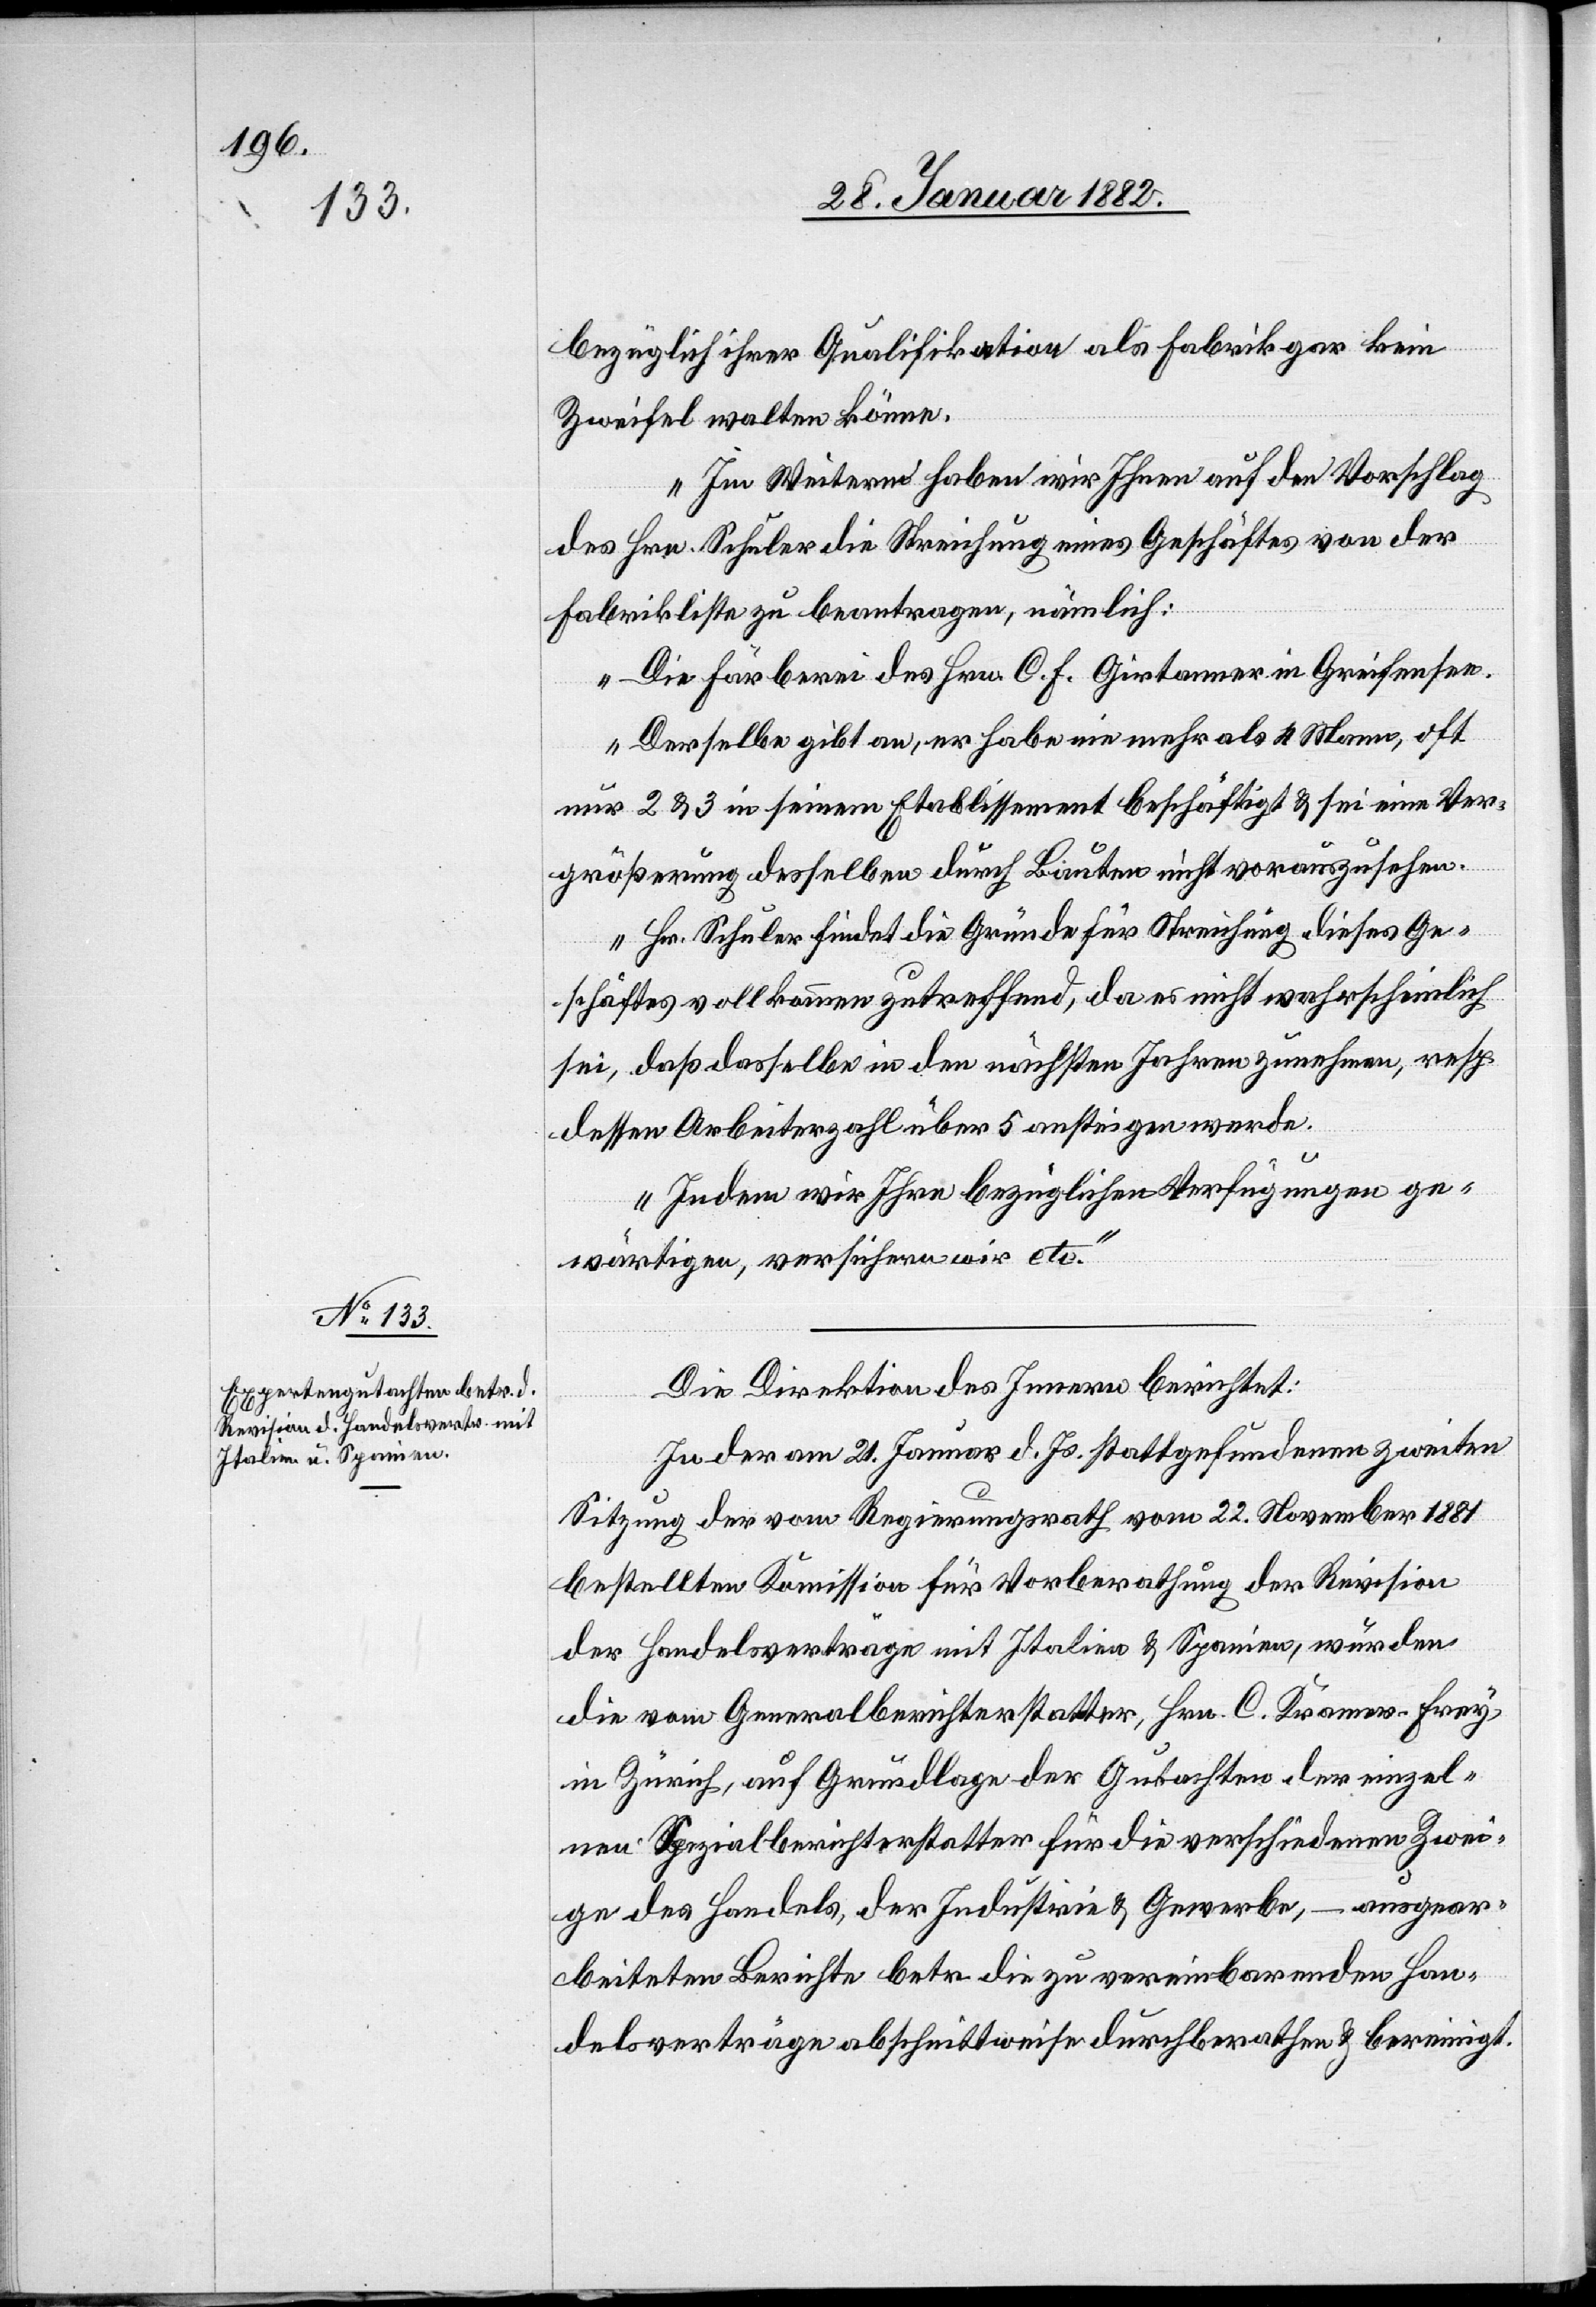
bezüglich ihrer Qualifikation als Fabrik gar keine
Zweifel walten könne.
Im Weiteren haben wir Ihnen auf den Vorschlag
des Hrn. Schuler die Streichung eines Geschäftes von der
Fabrikliste zu beantragen, nämlich:
Die Färberei des Hrn. C. F. Girtanner in Greifensee.
Derselbe gibt an, er habe nie mehr als 4 Mann, oft
nur 2 & 3 in seinem Etablissement beschäftigt & sei eine Ver¬
größerung desselben durch Bauten nicht vorauszusehen.
Hr. Schuler findet die Gründe für Streichung dieses Ge¬
schäftes vollkommen zutreffend, da es nicht wahrscheinlich
sei, daß dasselbe in den nächsten Jahren zunehme, resp.
dessen Arbeiterzahl über 5 ansteigen werde.
Indem wir Ihre bezügliche Verfügungen ge¬
wärtigen, versichern wir etc.“
Die Direktion des Innern berichtet:
In der am 21. Januar d. Js. stattgefundenen zweiten
Sitzung der vom Regierungsrath vom 22. November 1881
bestellten Kommission für Vorberathung der Revision
der Handelsverträge mit Italien & Spanien, wurden
die vom Generalberichterstatter, Hrn. C. Kramer-Frey,
in Zürich, auf Grundlage der Gutachten der einzel¬
nen Spezialberichterstatter für die verschiedenen Zwei¬
ge des Handels, der Industrie & Gewerbe, – ausgear¬
beiteten Berichte betr. die zu vereinbarenden Han¬
delsverträge abschnittweise durchberathen & bereinigt.